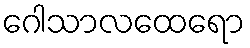
ဂေါသာလထေရော